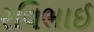
રવિભાઈ